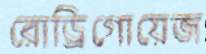
রোড্রিগোয়েজ